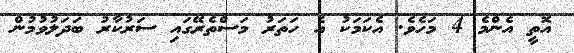
އޮތީ އެންމެ 4 މަހެވެ. އެކަމަކު އެ ހަތަރު މަސްތެރޭގައި ސަރުކާރު ބަދަލުވުމުން